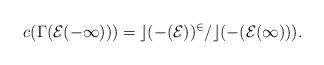
LaTeX: \begin{align*}c(\Gamma(\cal E(-1))) = c(\Gamma(\cal E))^2/c(\Gamma(\cal E(1))).\end{align*}